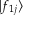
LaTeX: | f _ { 1 j } \rangle